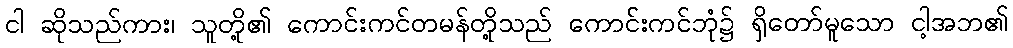
ငါ ဆိုသည်ကား၊ သူတို့၏ ကောင်းကင်တမန်တို့သည် ကောင်းကင်ဘုံ၌ ရှိတော်မူသော ငါ့အဘ၏